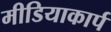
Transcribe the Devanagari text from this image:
मीडियाकार्प